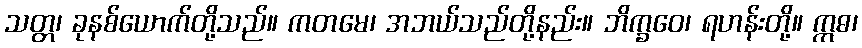
သတ္တ၊ ခုနစ်ယောက်တို့သည်။ ကတမေ၊ အဘယ်သည်တို့နည်း။ ဘိက္ခဝေ၊ ရဟန်းတို့။ ဣဓ၊